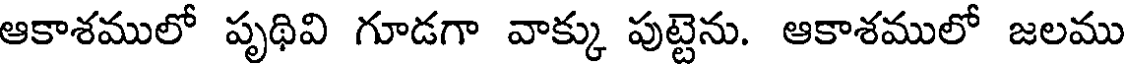
ఆకాశములో పృథివి గూడగా వాక్కు పుట్టెను. ఆకాశములో జలము